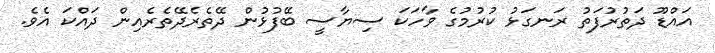
އައްޑޫ ދަތުރުފަތު ރަނގަޅު ކުރުމުގެ ވާހަކަ ސިޔާސީ ބޭފުޅުން ދޭތެރެދޭތެރެއިން ދައްކަ އެވެ.